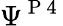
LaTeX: \Psi^{\mathrm{~P~4~}}